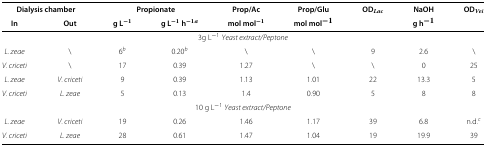
| <COLSPAN=2> Dialysis chamber | <COLSPAN=2> Propionate | Prop/Ac | Prop/Glu | ODLac | NaOH | ODVei |
 | In | Out | g L-1 | g L-1h-1a | mol mol-1 | mol mol-1 |  | g h-1 |  |
 | --- | --- | --- | --- | --- | --- | --- | --- | --- |
 | <COLSPAN=9> 3g L-1 Yeast extract/Peptone |
 | L. zeae | \ | 6b | 0.20b | \ | \ | 9 | 2.6 | \ |
 | V. criceti | \ | 17 | 0.39 | 1.27 | \ | \ | 0 | 25 |
 | L. zeae | V. criceti | 9 | 0.39 | 1.13 | 1.01 | 22 | 13.3 | 5 |
 | V. criceti | L. zeae | 5 | 0.13 | 1.4 | 0.90 | 5 | 8 | 8 |
 | <COLSPAN=9> 10 g L-1 Yeast extract/Peptone |
 | L. zeae | V. criceti | 19 | 0.26 | 1.46 | 1.17 | 39 | 6.8 | n.d.c |
 | V. criceti | L. zeae | 28 | 0.61 | 1.47 | 1.04 | 19 | 19.9 | 39 |